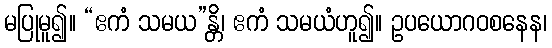
မပြုမူ၍။ “ဧကံ သမယ”န္တိ၊ ဧကံ သမယံဟူ၍။ ဥပယောဂဝစနေန၊